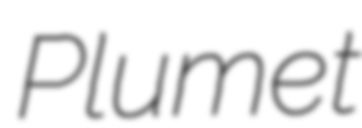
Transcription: Plumet